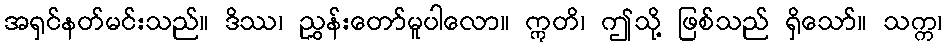
အရှင်နတ်မင်းသည်။ ဒိဿ၊ ညွှန်းတော်မူပါလော။ ဣတိ၊ ဤသို့ ဖြစ်သည် ရှိသော်။ သက္က၊